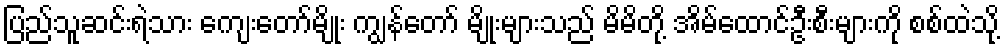
ပြည်သူဆင်းရဲသား ကျေးတော်မျိုး ကျွန်တော် မျိုးများသည် မိမိတို့ အိမ်ထောင်ဦးစီးများကို စစ်ထဲသို့